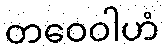
တဝေဝါဟံ